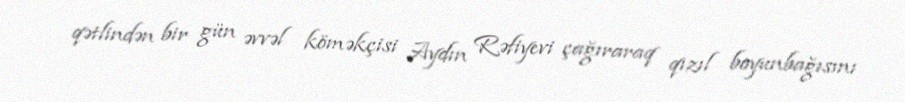
qətlindən bir gün əvvəl köməkçisi Aydın Rəfiyevi çağıraraq qızıl boyunbağısını